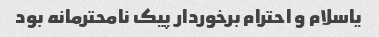
یاسلام و احترام برخوردار پیک نامحترمانه بود